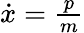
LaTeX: \begin{array}{r}{\dot{x}=\frac{p}{m}}\end{array}